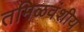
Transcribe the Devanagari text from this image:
तमिळवंशीय